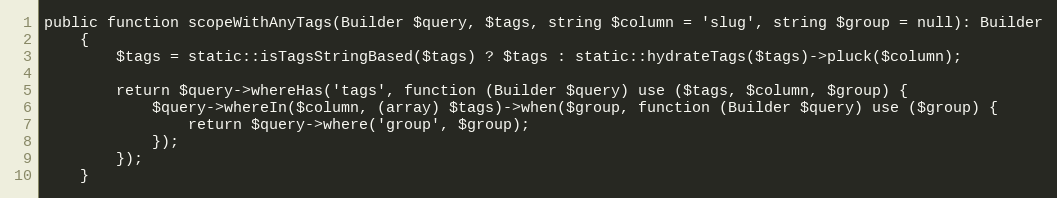
Language: PHP
public function scopeWithAnyTags(Builder $query, $tags, string $column = 'slug', string $group = null): Builder
    {
        $tags = static::isTagsStringBased($tags) ? $tags : static::hydrateTags($tags)->pluck($column);

        return $query->whereHas('tags', function (Builder $query) use ($tags, $column, $group) {
            $query->whereIn($column, (array) $tags)->when($group, function (Builder $query) use ($group) {
                return $query->where('group', $group);
            });
        });
    }